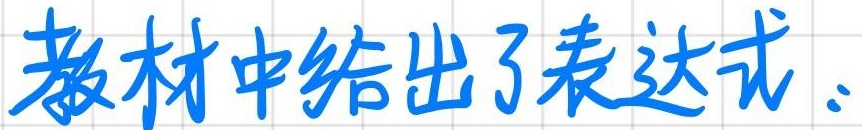
教材中给出了表达式.